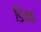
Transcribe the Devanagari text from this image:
डिवक